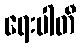
ရေးပါတီ